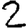
Digit: 2